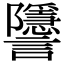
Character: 𧮐